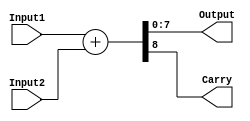
`timescale 1ns / 1ps
//////////////////////////////////////////////////////////////////////////////////
// Company: muhamedtawfik@outlook.com
// 
// Design Name: 
// Module Name:    Adder 
// Project Name:  Floating point unit
// Target Devices: 
// Tool versions: 
// Description: 
//               Temporary behavioural code
//////////////////////////////////////////////////////////////////////////////////
module Adder( Input1 , Input2 , Output , Carry
    );
	 
	 parameter DataSize = 8 ;
	 
	 input [ DataSize - 1 : 0 ] Input1, Input2 ; 
	 
	 output [ DataSize - 1 : 0 ] Output ;
	 
	 output Carry ;
	 
	 assign { Carry , Output } = Input1 + Input2 ;

endmodule